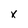
Character: X